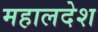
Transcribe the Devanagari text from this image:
महालदेश